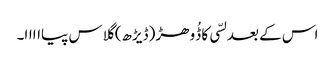
اس کے بعد لسّی کا ڈُوھڑ (ڈیڑھ) گلاس پیااااا۔